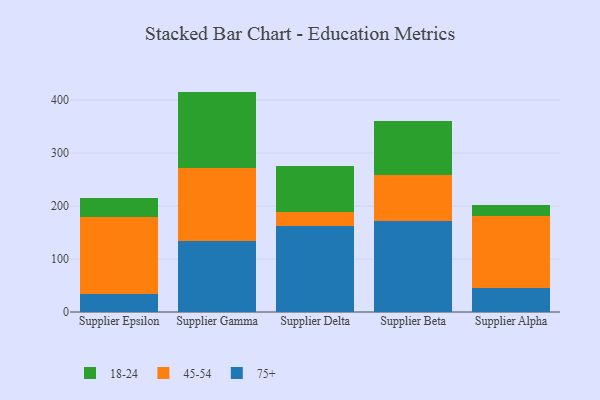
{"axis": {"x": "Supplier", "y": "Shipments"}, "legend": ["18-24", "45-54", "75+"], "data": [{"x": "Supplier Epsilon", "y": 34.3, "type": "75+"}, {"x": "Supplier Epsilon", "y": 145.0, "type": "45-54"}, {"x": "Supplier Epsilon", "y": 36.5, "type": "18-24"}, {"x": "Supplier Gamma", "y": 133.6, "type": "75+"}, {"x": "Supplier Gamma", "y": 137.5, "type": "45-54"}, {"x": "Supplier Gamma", "y": 144.9, "type": "18-24"}, {"x": "Supplier Delta", "y": 162.6, "type": "75+"}, {"x": "Supplier Delta", "y": 25.4, "type": "45-54"}, {"x": "Supplier Delta", "y": 88.2, "type": "18-24"}, {"x": "Supplier Beta", "y": 171.6, "type": "75+"}, {"x": "Supplier Beta", "y": 87.5, "type": "45-54"}, {"x": "Supplier Beta", "y": 102.2, "type": "18-24"}, {"x": "Supplier Alpha", "y": 46.0, "type": "75+"}, {"x": "Supplier Alpha", "y": 135.6, "type": "45-54"}, {"x": "Supplier Alpha", "y": 20.8, "type": "18-24"}]}